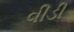
વીડી